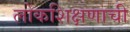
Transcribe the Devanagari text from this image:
लोकशिक्षणाची